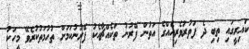
ކައިރީގައި ތިބި ދެ ފަތުރުވެރިއެއްގެ އަތުން ފޭރުނު ތަކެއްޗާއެކު ފޭރުނުކަމަށް ތުހުމަތުކުރެވޭ މީހަކު